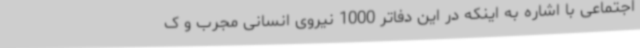
اجتماعی با اشاره به اینکه در این دفاتر 1000 نیروی انسانی مجرب و ک